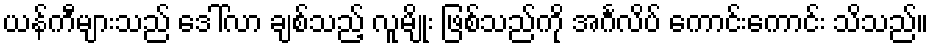
ယန်ကီများသည် ဒေါ်လာ ချစ်သည့် လူမျိုး ဖြစ်သည်ကို အင်္ဂလိပ် ကောင်းကောင်း သိသည်။